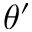
\theta ^ { \prime }